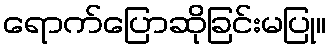
ရောက်ပြောဆိုခြင်းမပြု။